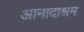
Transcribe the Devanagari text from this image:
आनादाश्रम